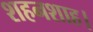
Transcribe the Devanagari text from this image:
शहनशाह।